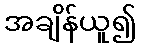
အချိန်ယူ၍